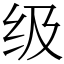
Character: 级